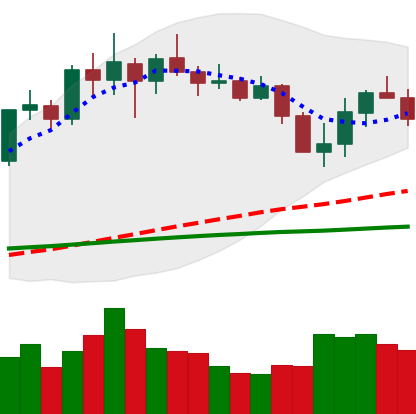
Ticker: LINK-USD
Chart end date: 2020-03-01
Forward return: 20.594%
Label: up_7plus